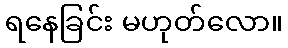
ရနေခြင်း မဟုတ်လော။